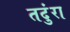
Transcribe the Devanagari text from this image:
तदुंरा